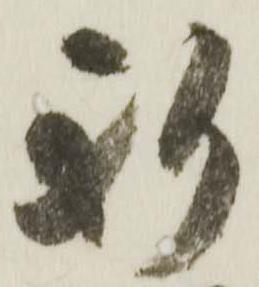
新